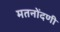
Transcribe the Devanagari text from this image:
मतनोंदणी